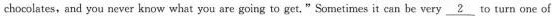
chocolates, and you never know what you are going to get." Sometimes it can be very \underline{2} to turn one of